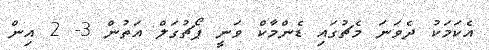
އެކަމަކު ދެވަނަ މެޗުގައި ޑެންމާކް ވަނީ ޕޯޗުގަލް އަތުން 3- 2 އިން